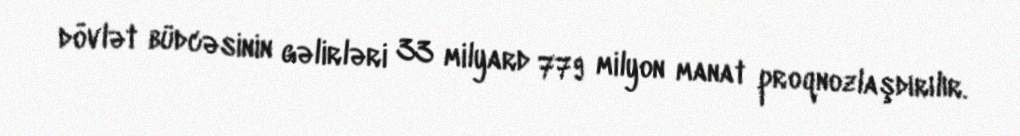
dövlət büdcəsinin gəlirləri 33 milyard 779 milyon manat proqnozlaşdırılır.